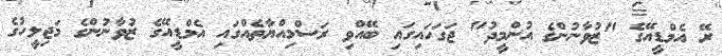
ރޭ އެމްޑީއޭގެ "ޒުވާނުންގެ އުންމީދު" ޖަގަހައިގައި ބޭއްވި ރަސްމިއްޔާތެއްގައި އެމްޑީއޭގެ ޒުވާނުންގެ މަޖިލީހުގެ